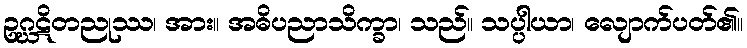
ဥဂ္ဃဋိတညုဿ၊ အား။ အဓိပညာသိက္ခာ၊ သည်။ သပ္ပါယာ၊ လျောက်ပတ်၏။